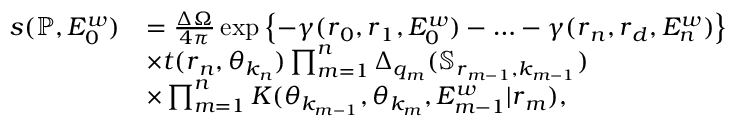
\begin{array} { r l } { s ( \mathbb { P } , E _ { 0 } ^ { w } ) } & { = \frac { \Delta \Omega } { 4 \pi } \exp \left\{ - \gamma ( \boldsymbol { r } _ { 0 } , \boldsymbol { r } _ { 1 } , E _ { 0 } ^ { w } ) - \ldots - \gamma ( \boldsymbol { r } _ { n } , \boldsymbol { r } _ { d } , E _ { n } ^ { w } ) \right\} } \\ & { \times t ( \boldsymbol { r } _ { n } , \boldsymbol { \theta } _ { k _ { n } } ) \prod _ { m = 1 } ^ { n } \Delta _ { q _ { m } } ( \mathbb { S } _ { \boldsymbol { r } _ { m - 1 } , k _ { m - 1 } } ) } \\ & { \times \prod _ { m = 1 } ^ { n } K ( \boldsymbol { \theta } _ { k _ { m - 1 } } , \boldsymbol { \theta } _ { k _ { m } } , E _ { m - 1 } ^ { w } | \boldsymbol { r } _ { m } ) , } \end{array}